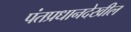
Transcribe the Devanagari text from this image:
पंतप्रधानदेखील